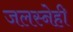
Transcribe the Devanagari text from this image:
जलस्नेही